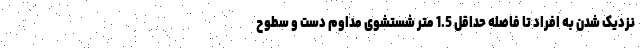
نزدیک شدن به افراد تا فاصله حداقل 1.5 متر شستشوی مداوم دست و سطوح